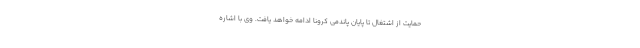
حمایت از اشتغال تا پایان پاندمی کرونا ادامه خواهد یافت. وی با اشاره